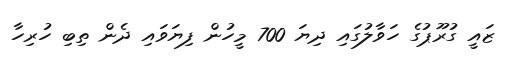
ޒައީ ގުރޫޕުގެ ހަވާލުގައި ދިޔަ 700 މީހުން ފިޔަވައި ދެން ތިބި ހުރިހާ